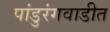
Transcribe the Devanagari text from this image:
पांडुरंगवाडीत